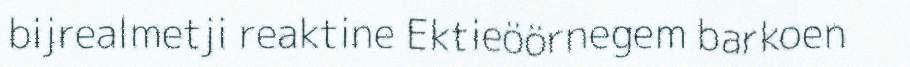
bijrealmetji reaktine Ektieöörnegem barkoen